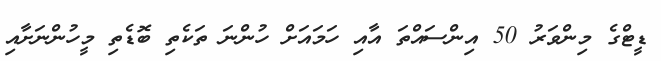
ޑީޓްގެ މިންވަރު 50 އިންސައްތަ އާއި ހަމައަށް ހުންނަ ތަކެތި ބޮޑެތި މީހުންނަށާއި